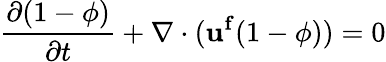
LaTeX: \frac{\partial(1-\phi)}{\partial t}+\nabla\cdot(\mathbf{u^{f}}(1-\phi))=0